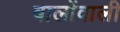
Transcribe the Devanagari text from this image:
बालोंवाली